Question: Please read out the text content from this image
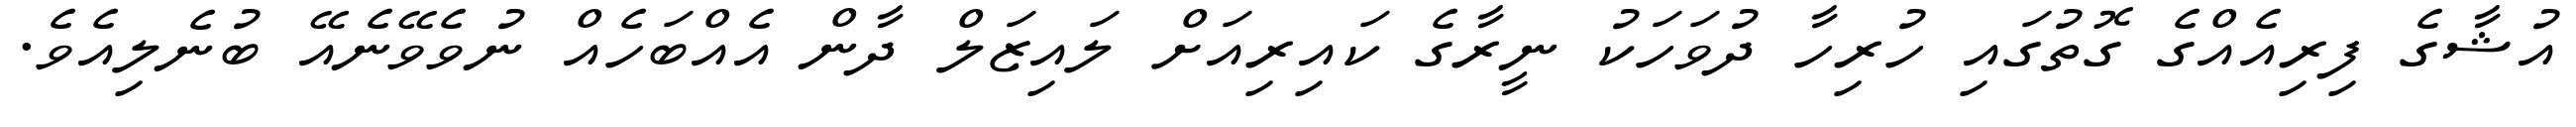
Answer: އުޝާގެ ފިރިއެއްގެ ގޮތުގައި ހުރިހާ ދުވަހަކު ނީރާގެ ކައިރިއަށް ލައިޒަލް ދާން އެއްބަހެއް ނުވެވޭނެއޭ ބުނެލިއެވެ.